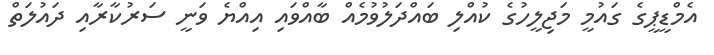
އެމްޑީޕީގެ ގައުމީ މަޖިލީހުގެ ކުއްލި ބައްދަލުވުމެއް ބާއްވައި އިއްޔެ ވަނީ ސަރުކާރާއި ދައުލަތް